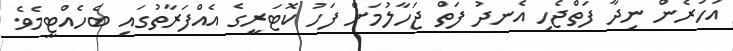
އަހަރެން ނިދާ ފަތްޖެހި އެނދު ފަތް ޖަހާލުމަށް ފަހު ކޮޓަރީގެ އެއްފަރާތުގައި ބެހެއްޓީމެވެ.